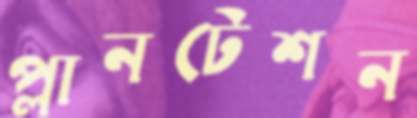
প্লানটেশন